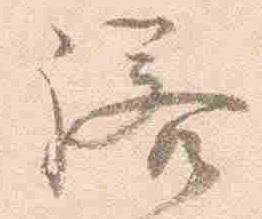
諾